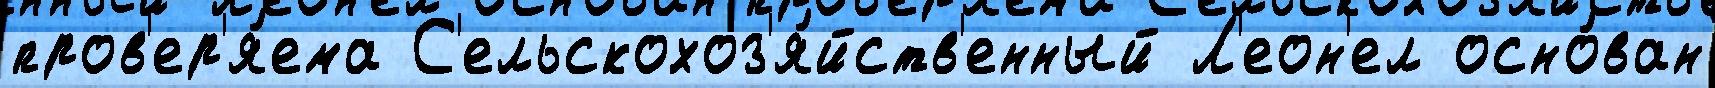
пров'ер'я́ема С'ельскохоз'я́йств'енный Л'еон'ел осно́ван